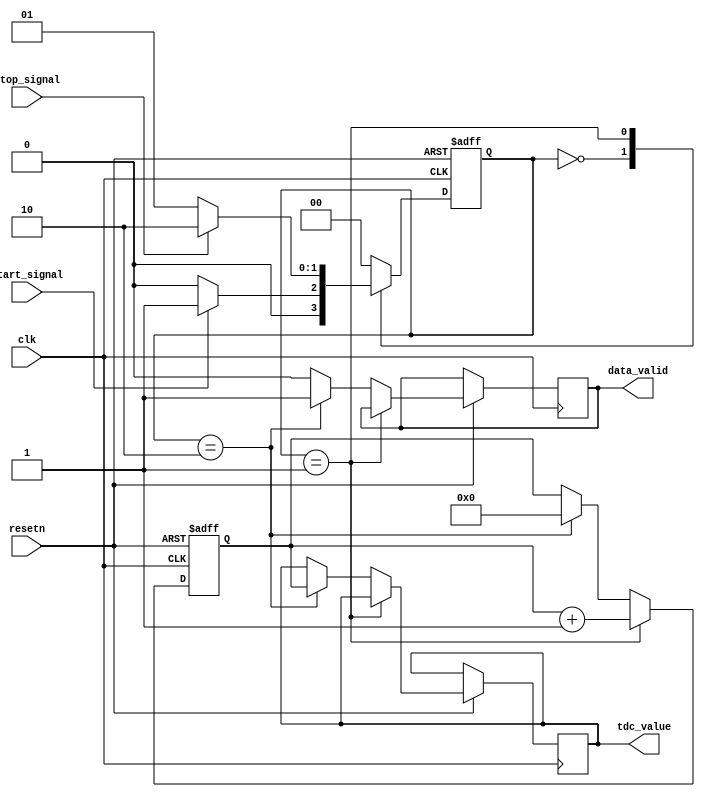
module MemoryBlocksTDC (
    input wire clk,                // High-speed clock for counting
    input wire resetn,            // Active-low reset
    input wire start_signal,       // Signal to start counting
    input wire stop_signal,        // Signal to stop counting
    output reg [31:0] tdc_value,   // Output digital value for the time interval
    output reg data_valid          // Indicates valid output data
);

// State definition
parameter IDLE      = 2'b00;
parameter COUNTING  = 2'b01;
parameter STORE     = 2'b10;

reg [1:0] state, next_state;       // Current and next state
reg [31:0] counter;                 // Time counter
reg [31:0] memory [0:15];           // Memory for storing multiple measurements
reg [3:0] write_pointer;            // Pointer for writing to memory
reg counting_enabled;               // To control the counting 

// State transition logic
always @(*) begin
    case (state)
        IDLE: begin
            if (start_signal) 
                next_state = COUNTING;
            else 
                next_state = IDLE;
        end
        
        COUNTING: begin
            if (stop_signal) 
                next_state = STORE;
            else 
                next_state = COUNTING;
        end
        
        STORE: begin
            next_state = IDLE; // Return to IDLE after storing
        end
        
        default: next_state = IDLE; // Default state
    endcase
end

// State register
always @(posedge clk or negedge resetn) begin
    if (!resetn) 
        state <= IDLE;
    else 
        state <= next_state;
end

// Counter increment logic
always @(posedge clk or negedge resetn) begin
    if (!resetn) begin
        counter <= 32'b0;
        counting_enabled <= 1'b0;
    end else if (state == COUNTING) begin
        counter <= counter + 1'b1;
        counting_enabled <= 1'b1;
    end else if (state == STORE) begin
        memory[write_pointer] <= counter; // Store the count in memory
        tdc_value <= counter;              // Output the count value
        data_valid <= 1'b1;                // Data is valid
        write_pointer <= write_pointer + 1; // Advance the write pointer
        counter <= 32'b0;    // Reset counter after store
        counting_enabled <= 1'b0;
    end else begin
        data_valid <= 1'b0; // Reset data valid indicator
    end
end

// Memory write pointer management
always @(posedge clk or negedge resetn) begin
    if (!resetn)
        write_pointer <= 4'b0; // Reset write pointer
    else if (state == STORE && write_pointer < 4'b1111)
        write_pointer <= write_pointer + 1; // Increment write pointer if storage is not full
end

endmodule